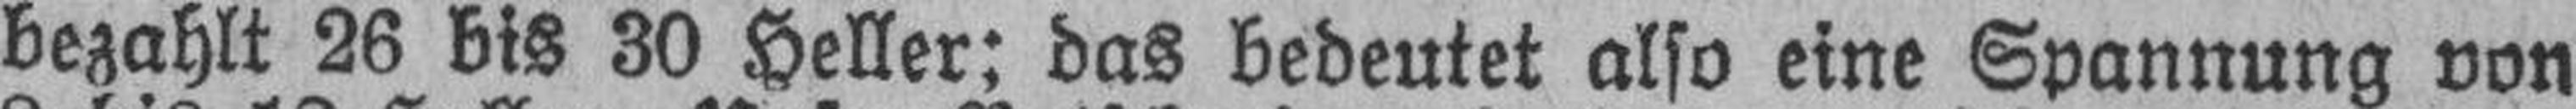
bezahlt 26 bis 30 Heller; das bedeutet also eine Spannung von